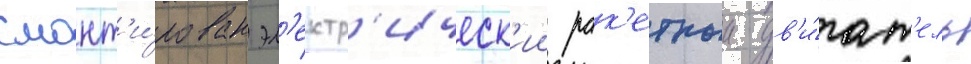
смонт'и́рован эл'ектр'ическ'ии рак'етныи дв'и́гат'ель